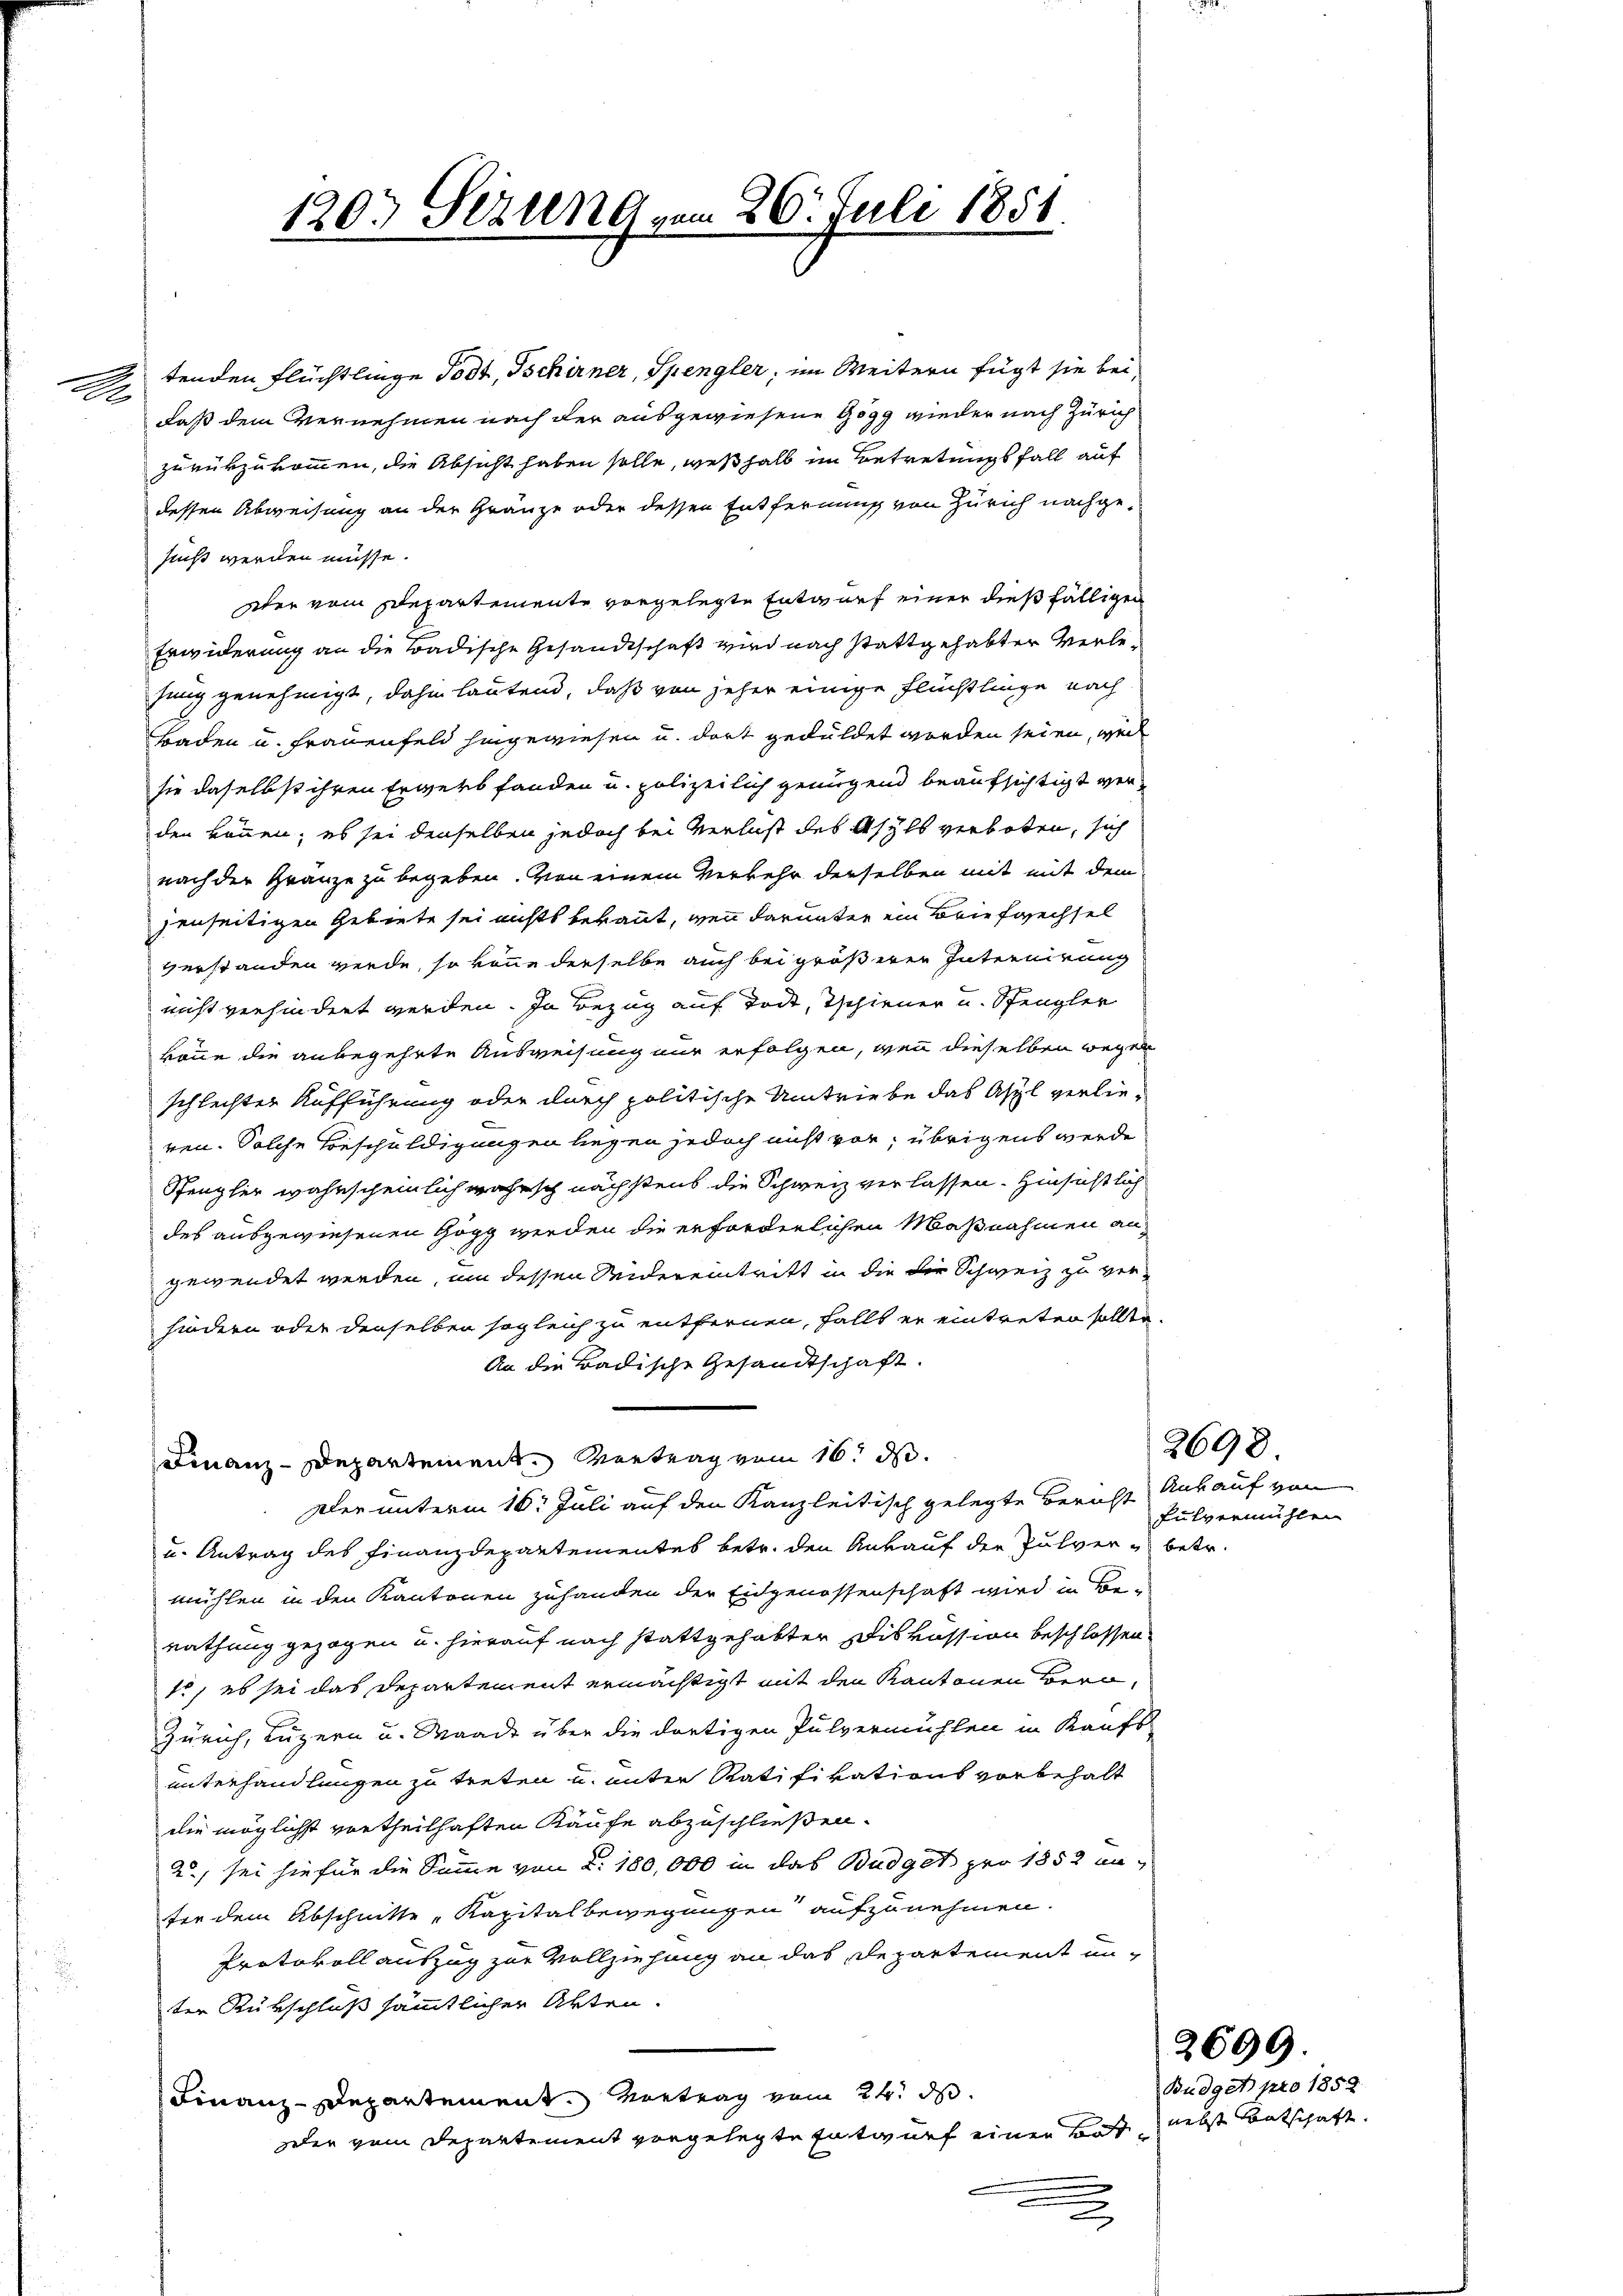
2

120. Serung vom 26. Juli 1851

tenden Flüchtlinge Todt, Tschirner, Spengler, im Weitern fügt sie bei
daß dem Vernehmen nach der ausgewiesene Gögg wieder nach Zürich
zurükzukommen, die Absicht haben solle, weßhalb im Betretungsfall auf
dessen Abweisung an der Gränze oder dessen Entfernung von Zürich nachgesucht werden müsse.
zer vom Departemente vergelegte Entwurf einer dießfälligen
Erwiderung an die Badische Gesandtschaft wird nach stattgehabter Verlehung genehmigt, dahin lautend, daß von jeher einige Flüchtlinge nach
Baden u. Frauenfeld hingewiesen u. dort geduldet worden seien, weil
sie daselbst ihren Erwerb fanden u. polizeilich genügend beaufsichtigt werden können; es sei denselben jedoch bei Verlust des Asyls verboten, sich
nach der Granze zu begeben. Von einem Verkehr derselben mit mit dem
jenseitigen Gebiete sei nichts bekannt, wenn darunter ein Briefwechsel
verstanden werde, so könne derselbe auch bei größerer Internirung
nicht verhindert werden. In Bezug auf Todt, Tschiener u. Spengler
könne die anbegehrte Ausweisung nur erfolgen, wenn dieselben wegen
schlechter Aufführung oder durch politische Umtriebe das Asyl verlieren. Solche Beschuldigungen liegen jedoch nicht vor; übrigens werde.
Spengler wahrscheinlich wahrsch nächstens die Schweiz verlassen. Hinsichtlich
des ausgewiesenen Göpp werden die erforderlichen Maßnahmen angewendet werden, um dessen Seidereintritt in die die Schweiz zu verhindern oder denselben sogleich zu entfernen, falls er eintreten sollte.
An die Badische Gesandtschaft.
Finanz-Departement. Vertrag vom 16. d.
Der unterm 16. Juli auf den Kanzleitisch gelegte Bericht Ankauf von
u. Antrag des Finanzdepartementes betr. den Ankauf der Pulver betr.
mühlen in den Kantonen zuhanden der Eidgenossenschaft wird in Be-
rathung gezogen u. hierauf nach stattgehabter Diskussion beschlossen
1, es sei das Departement ermächtigt mit den Kantonen Bern,
Zürich, Luzern u. Mande über die dortigen Pulvermühlen in Kaufs
unterhandlungen zu treten u. unter Ratifikations vorbehalt
die möglichst vortheilhaften Käufe abzuschließen.
2, sei hiefür die Summe von 2. 180,000 in das Budget pro 1852 un
fer dem Abschnitte „Kapitalbewegungen aufzunehmen.
Protokoll auszug zur Vollziehung an das Departement unter Rükschluß sämmtlicher Akten.
Finanz-Departement. Vortrag vom 24. ds.
Der vom Departement vorgelegte Entwurf einer Bost, nebst Botschaft.

fulvermühlen

2699.

2698

Budget pro 1859